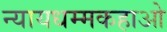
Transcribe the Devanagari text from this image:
न्यायधम्मकहाओ